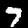
Label: 7